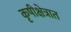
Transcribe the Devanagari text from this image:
कृषीक्षेत्रात